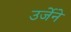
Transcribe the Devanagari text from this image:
उर्जेने